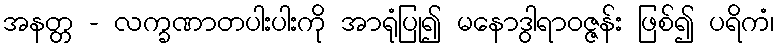
အနတ္တ - လက္ခဏာတပါးပါးကို အာရုံပြု၍ မနောဒွါရာဝဇ္ဇန်း ဖြစ်၍ ပရိကံ၊